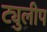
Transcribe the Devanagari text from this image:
ट्युलीप